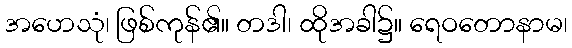
အဟေသုံ၊ ဖြစ်ကုန်၏။ တဒါ၊ ထိုအခါ၌။ ရေဝတောနာမ၊